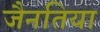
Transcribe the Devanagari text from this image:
जैनतिया